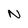
Character: N